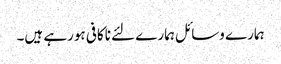
ہمارے وسائل ہمارے لئے ناکافی ہورہے ہیں۔